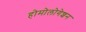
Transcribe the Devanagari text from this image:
होमोलोगेशन